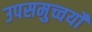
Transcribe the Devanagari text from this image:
उपसमुच्चर्यों